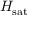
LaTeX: H _ { \mathrm { s a t } }